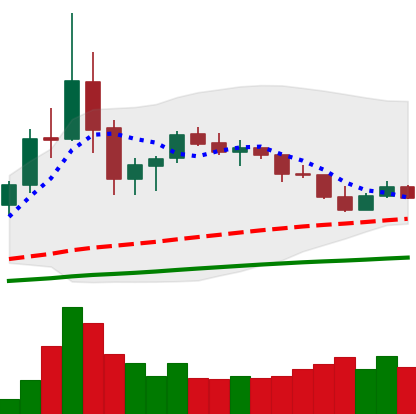
Ticker: TRX-USD
Chart end date: 2020-09-19
Forward return: -5.72%
Label: down_5_7